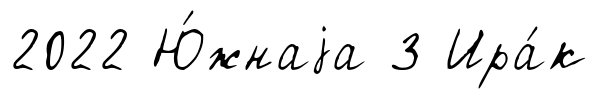
2022 Ю́жнаjа 3 Ира́к